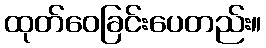
ထုတ်ဝေခြင်းပေတည်း။